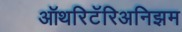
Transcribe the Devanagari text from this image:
ऑथरिटॅरिअनिझम